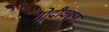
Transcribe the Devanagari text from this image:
गोदीवरून